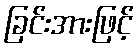
ခြင်းအားဖြင့်